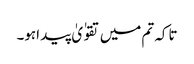
تاکہ تم میں تقوٰ یٰ پید اہو۔